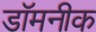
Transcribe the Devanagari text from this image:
डॉमनीक